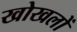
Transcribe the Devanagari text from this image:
खोखलों